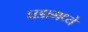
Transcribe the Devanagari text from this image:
घडामध्ये